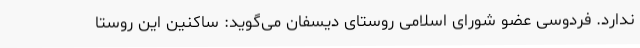
ندارد. فردوسی عضو شورای اسلامی روستای دیسفان می‌گوید: ساکنین این روستا